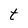
Character: t